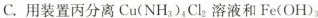
C.用装置丙分离Cu(NH_{3} )Cl_{2} 溶液和Fe(OH)_{3}